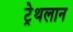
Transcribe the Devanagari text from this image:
ट्रेथलान